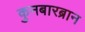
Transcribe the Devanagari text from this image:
कुनबारब्रान